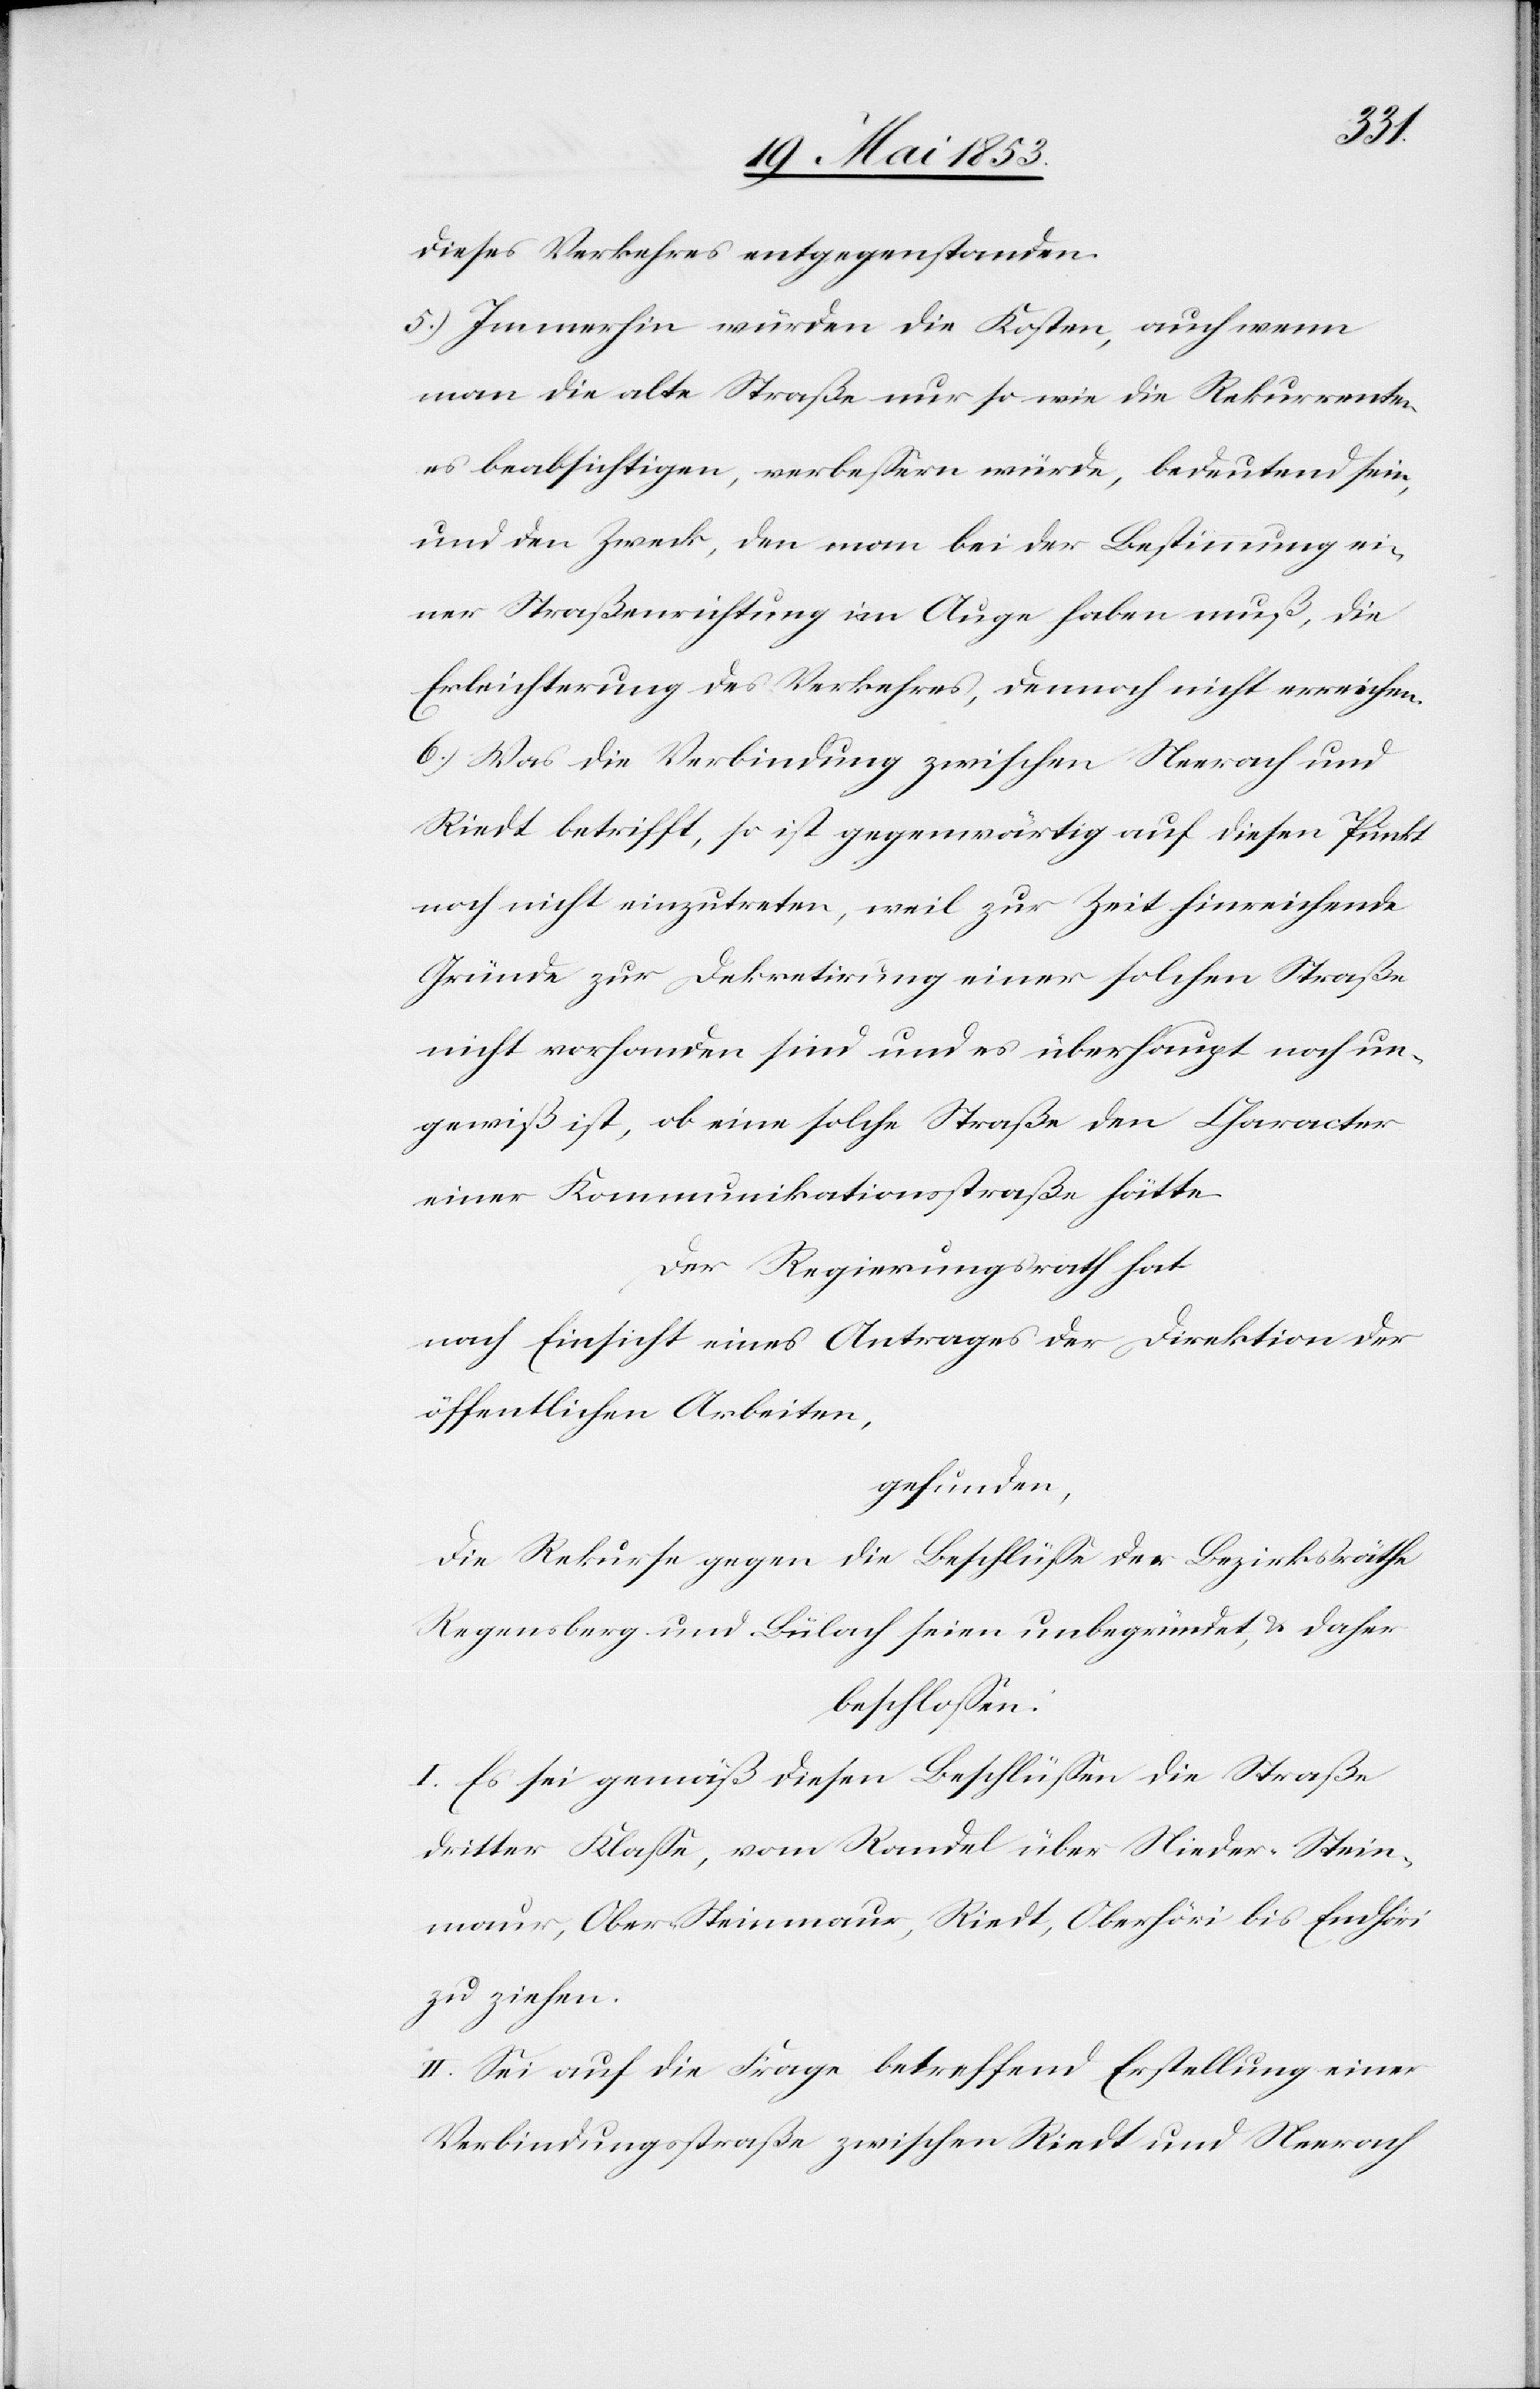
dieses Verkehres entgegenstanden.
5.) Immerhin würden die Kosten, auch wenn
man die alte Straße nur so wie die Rekurrenten
es beabsichtigen, verbeßern würde, bedeutend sein,
und den Zweck, den man bei der Bestimmung ei¬
ner Straßenreinigung im Auge haben muß, die
Erleichterung des Verkehres, dennoch nicht erreichen.
6.) Was die Verbindung zwischen Neerach und
Riedt betrifft, so ist gegenwärtig auf diesen Punkt
noch nicht einzutreten, weil zur Zeit hinreichende
Gründe zur Dekretirung einer solchen Straße
nicht vorhanden sind und es überhaupt noch un¬
gewiß ist, ob eine solche Straße den Character
einer Kommunikationsstraße hätte.
Der Regierungsrath hat
nach Einsicht eines Antrages der Direktion der
öffentlichen Arbeiten,
gefunden,
die Rekurse gegen die Beschlüße der Bezirksräthe
Regensberg und Bülach seien unbegründet, u. daher
beschloßen:
I. Es sei gemäß diesen Beschlüßen die Straße
dritter Klaße, vom Randel über Nieder-Stein¬
maur, Ober-Steinmaur, Riedt, Oberhöri bis Endhöri
zu ziehen.
II. Sei auf die Frage betreffend Erstellung einer
Verbindungsstraße zwischen Riedt und Neerach